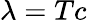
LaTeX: \lambda=Tc